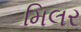
મિલર